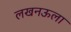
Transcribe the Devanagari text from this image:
लखनऊला